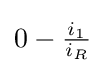
0-{\tfrac {i_{1}}{i_{R}}}